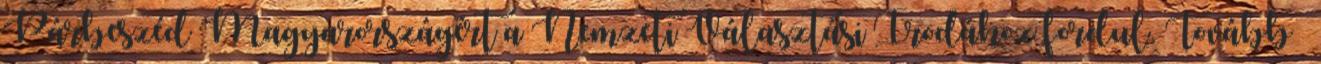
Párbeszéd Magyarországért a Nemzeti Választási Irodához fordul. Tovább ›